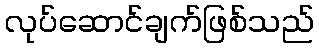
လုပ်ဆောင်ချက်ဖြစ်သည်